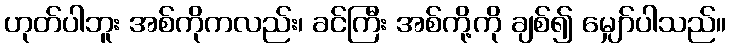
ဟုတ်ပါဘူး အစ်ကိုကလည်း၊ ခင်ကြီး အစ်ကို့ကို ချစ်၍ မျှော်ပါသည်။